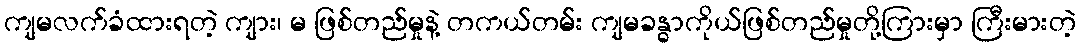
ကျမလက်ခံထားရတဲ့ ကျား၊ မ ဖြစ်တည်မှုနဲ့ တကယ်တမ်း ကျမခန္ဓာကိုယ်ဖြစ်တည်မှုတို့ကြားမှာ ကြီးမားတဲ့